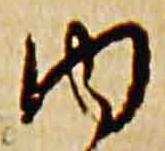
内